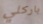
باركلي